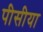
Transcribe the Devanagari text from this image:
पीसीया